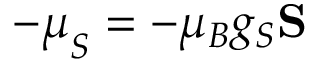
- { \boldsymbol { \mu } } _ { S } = - \mu _ { B } g _ { S } \mathbf { S }